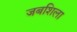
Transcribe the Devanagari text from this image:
जबशिला